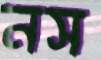
নস